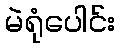
မဲရုံပေါင်း